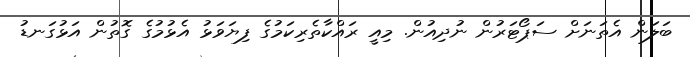
ބަލަން އެތަނަށް ސަޕޯޓަރުން ނުދިއުން. މިއީ ރައްކާތެރިކަމުގެ ފިޔަވަޅު އެޅުމުގެ ގޮތުން އަޅުގަނޑު